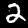
Digit: 2